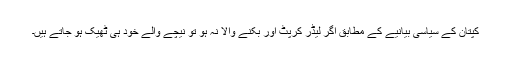
کپتان کے سیاسی بیانیے کے مطابق اگر لیڈر کرپٹ اور بکنے والا نہ ہو تو نیچے والے خود ہی ٹھیک ہو جاتے ہیں۔